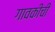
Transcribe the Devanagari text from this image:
गावकीची